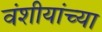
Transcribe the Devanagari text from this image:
वंशीयांच्या